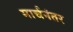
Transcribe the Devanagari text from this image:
मार्चनंतर